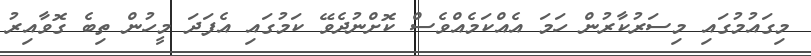
މިގައުމުގައި މިސަރުކާރުން ހަމަ އެއްކަމެއްވެސް ކޮށްނުދެވޭ ކަމުގައި އެފަދަ މީހުން ތިބެ ގޮވާއިރު